Report of the Indian Hemp Drugs Commission, 1894-1895 - Volume IV
Year: 1894
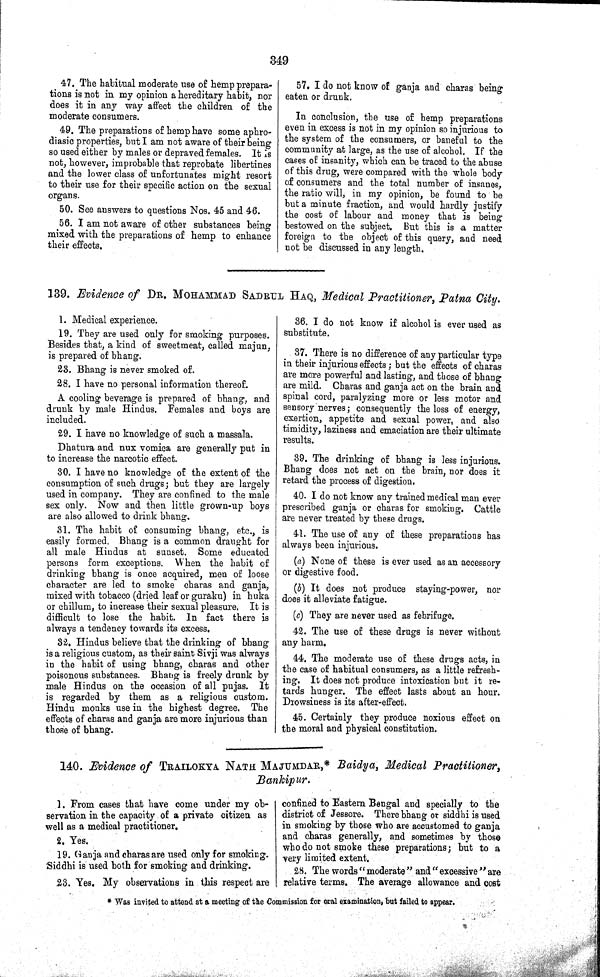
349
47. The habitual moderate use of hemp prepara-
tions is not in my opinion a hereditary habit, nor
does it in any way affect the children of the
moderate consumers.
49. The preparations of hemp have some aphro-
diasic properties, but I am not aware of their being
so used either by males or depraved females. It is
not, however, improbable that reprobate libertines
and the lower class of unfortunates might resort
to their use for their specific action on the sexual
organs.
50. See answers to questions Nos. 45 and 46.
56. I am not aware of other substances being
mixed with the preparations of hemp to enhance
their effects.
57. I do not know of ganja and charas being
eaten or drunk.
In conclusion, the use of hemp preparations
even in excess is not in my opinion so injurious to
the system of the consumers, or baneful to the
community at large, as the use of alcohol. If the
cases of insanity, which can be traced to the abuse
of this drug, were compared with the whole body
of consumers and the total number of insanes,
the ratio will, in my opinion, be found to be
but a minute fraction, and would hardly justify
the cost of labour and money that is being
bestowed on the subject. But this is a matter
foreign to the object of this query, and need
not be discussed in any length.
139. Evidence of DR. MOHAMMAD SADRUL HAQ, Medical Practitioner, Patna City.
1. Medical experience.
19. They are used only for smoking purposes.
Besides that, a kind of sweetmeat, called majun,
is prepared of bhang.
23. Bhang is never smoked of.
28. I have no personal information thereof.
A cooling beverage is prepared of bhang, and
drunk by male Hindus. Females and boys are
included.
29. I have no knowledge of such a massala.
Dhatura and nux vomica are generally put in
to increase the narcotic effect.
30. I have no knowledge of the extent of the
consumption of such drugs; but they are largely
used in company. They are confined to the male
sex only. Now and then little grown-up boys
are also allowed to drink bhang.
31. The habit of consuming bhang, etc., is
easily formed. Bhang is a common draught for
all male Hindus at sunset. Some educated
persons form exceptions. When the habit of
drinking bhang is once acquired, men of loose
character are led to smoke charas and ganja,
mixed with tobacco (dried leaf or guraku) in huka
or chillum, to increase their sexual pleasure. It is
difficult to lose the habit. In fact there is
always a tendency towards its excess.
32. Hindus believe that the drinking of bhang
is a religious custom, as their saint Sivji was always
in the habit of using bhang, charas and other
poisonous substances. Bhang is freely drunk by
male Hindus on the occasion of all pujas. It
is regarded by them as a religious custom.
Hindu monks use in the highest degree. The
effects of charas and ganja are more injurious than
those of bhang.
36. I do not know if alcohol is ever used as
substitute.
37. There is no difference of any particular type
in their injurious effects; but the effects of charas
are more powerful and lasting, and those of bhang
are mild. Charas and ganja act on the brain and
spinal cord, paralyzing more or less motor and
sensory nerves; consequently the loss of energy,
exertion, appetite and sexual power, and also
timidity, laziness and emaciation are their ultimate
results.
39. The drinking of bhang is less injurious.
Bhang does not act on the brain, nor does it
retard the process of digestion.
40. I do not know any trained medical man ever
prescribed ganja or charas for smoking. Cattle
are never treated by these drugs.
41. The use of any of these preparations has
always been injurious.
(a) None of these is ever used as an accessory
or digestive food.
(b) It does not produce staying-power, nor
does it alleviate fatigue.
(c) They are never used as febrifuge.
42. The use of these drugs is never without
any harm.
44. The moderate use of these drugs acts, in
the case of habitual consumers, as a little refresh-
ing. It does not produce intoxication but it re-
tards hunger. The effect lasts about an hour.
Drowsiness is its after-effect.
45. Certainly they produce noxious effect on
the moral and physical constitution.
140. Evidence of TRAILOKYA NATH MAJUMDAR,* Baidya, Medical Practitioner,
Bankipur.
1. From cases that have come under my ob-
servation in the capacity of a private citizen as
well as a medical practitioner.
2. Yes.
19. Ganja and charas are used only for smoking.
Siddhi is used both for smoking and drinking.
23. Yes. My observations in this respect are
confined to Eastern Bengal and specially to the
district of Jessore. There bhang or siddhi is used
in smoking by those who are accustomed to ganja
and charas generally, and sometimes by those
who do not smoke these preparations; but to a
very limited extent.
28. The words "moderate" and "excessive" are
relative terms. The average allowance and cost
* Was invited to attend at a meeting of the Commission for oral examination, but failed to appear.